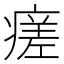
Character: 瘥